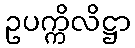
ဥပက္ကိလိဋ္ဌာ